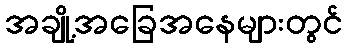
အချို့အခြေအနေများတွင်